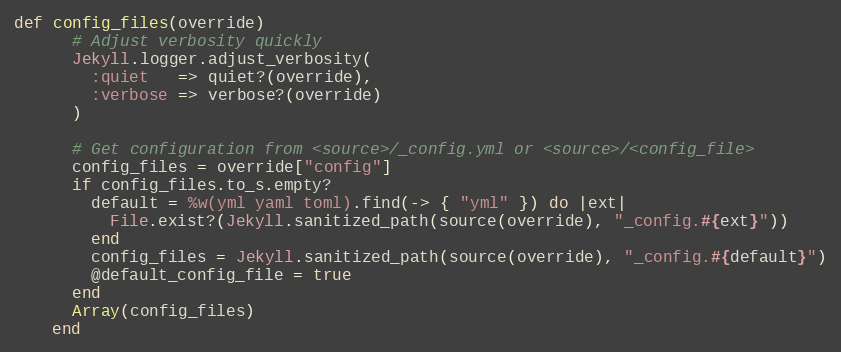
Language: Ruby
def config_files(override)
      # Adjust verbosity quickly
      Jekyll.logger.adjust_verbosity(
        :quiet   => quiet?(override),
        :verbose => verbose?(override)
      )

      # Get configuration from <source>/_config.yml or <source>/<config_file>
      config_files = override["config"]
      if config_files.to_s.empty?
        default = %w(yml yaml toml).find(-> { "yml" }) do |ext|
          File.exist?(Jekyll.sanitized_path(source(override), "_config.#{ext}"))
        end
        config_files = Jekyll.sanitized_path(source(override), "_config.#{default}")
        @default_config_file = true
      end
      Array(config_files)
    end